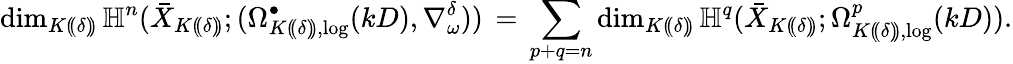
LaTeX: \dim_{K(\! (\delta)\! )}\mathbb{H}^{n}(\bar{X}_{K(\! (\delta)\! )};(\Omega_{K(\! (\delta)\! ),\log}^{\bullet}(kD),\nabla_{\omega}^{\delta}))\, =\, \sum_{p+q=n}\dim_{K(\! (\delta)\! )}\mathbb{H}^{q}(\bar{X}_{K(\! (\delta)\! )};\Omega_{K(\! (\delta)\! ),\log}^{p}(kD)).